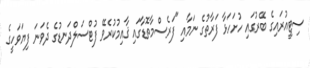
ސިޓީއުރައިގެ ބޭރުގައި ހުށަހަޅާ ފަރާތުގެ ނަމާއި "ފަރެސްމާތޮޑާގައި ޤާއިމުކުރެވޭ ފުޓްސަލްދަނޑުގެ ދެވަނަ ފިޔަވަހީގެ